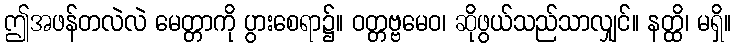
ဤအဖန်တလဲလဲ မေတ္တာကို ပွားစေရာ၌။ ဝတ္တဗ္ဗမေဝ၊ ဆိုဖွယ်သည်သာလျှင်။ နတ္ထိ၊ မရှိ။